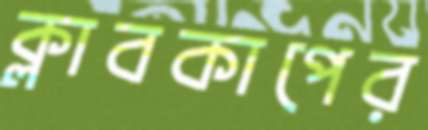
ক্লাবকাপের